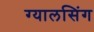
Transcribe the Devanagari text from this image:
ग्‍यालसिंग